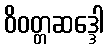
ဝိဝတ္တဆဒ္ဒေါ